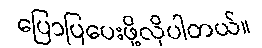
ပြောပြပေးဖို့လိုပါတယ်။